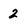
Character: 2